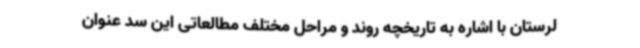
لرستان با اشاره به تاریخچه روند و مراحل مختلف مطالعاتی این سد عنوان